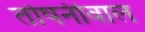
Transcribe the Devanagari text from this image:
तोषनीवाल